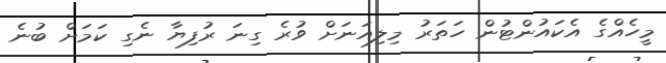
މީހެއްގެ އެކައުންޓުން ހަތަރު މިލިއަނަށް ވުރެ ގިނަ ރުފިޔާ ނެގި ކަމަށް ބުނެ